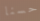
حسنا